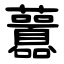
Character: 䖀